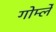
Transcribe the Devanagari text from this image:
गोर्म्ले